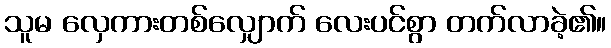
သူမ လှေကားတစ်လျှောက် လေးပင်စွာ တက်လာခဲ့၏။